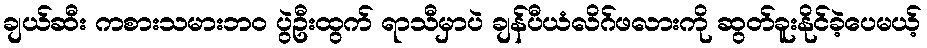
ချယ်ဆီး ကစားသမားဘဝ ပွဲဦးထွက် ရာသီမှာပဲ ချန်ပီယံလိဂ်ဖလားကို ဆွတ်ခူးနိုင်ခဲ့ပေမယ့်